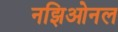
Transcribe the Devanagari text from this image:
नझिओनल